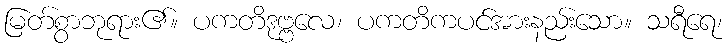
မြတ်စွာဘုရား၏။ ပကတိဒုဗ္ဗလေ၊ ပကတိကပင်အားနည်းသော။ သရီရေ၊